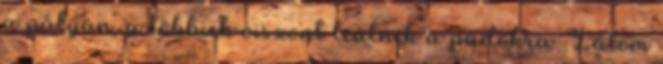
a pályán, a többiek viszont leülnek a padokra. Látom